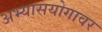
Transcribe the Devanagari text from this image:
अभ्यासयोगावर